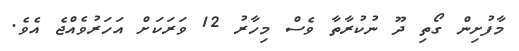
މާފުށިން ގޯތި ދޫ ނުކުރާތާ ވެސް މިހާރު 12 ވަރަކަށް އަހަރުވެއްޖެ އެވެ.